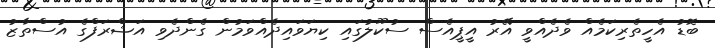
ބޮޑު އެހީތެރިކަމެއް ވެދެއްވީ އޭރު އީޕީއެސް ސުކޫލުގައި ކިޔަވައިދެއްވަމުން ގެންދެވި އަޝްރަފްގެ އުސްތާޒު